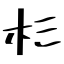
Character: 杉